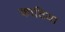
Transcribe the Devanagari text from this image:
काठिया